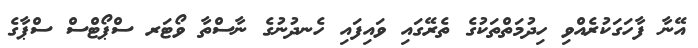
އޭނާ ފާހަގަކުރެއްވި ހިދުމަތްތަކުގެ ތެރޭގައި ވައިފައި ހެނދުނުގެ ނާސްތާ ވޯޓަރ ސްޕޯޓްސް ސްޕާގެ